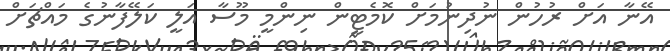
އޭނާ އަށް ރުހުން ނުދިނުމަށް ކޮމެޓީން ނިންމީ މޫސާ އަލީ ކަލޭފާނުގެ މައްޗަށް